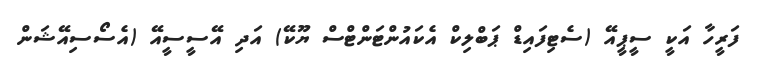
ފަރީހާ އަކީ ސީޕީއޭ (ސެޓިފައިޑް ޕަބްލިކް އެކައުންޓަންޓްސް ޔޫކޭ) އަދި އޭސީސީއޭ (އެސޯސިއޭޝަން